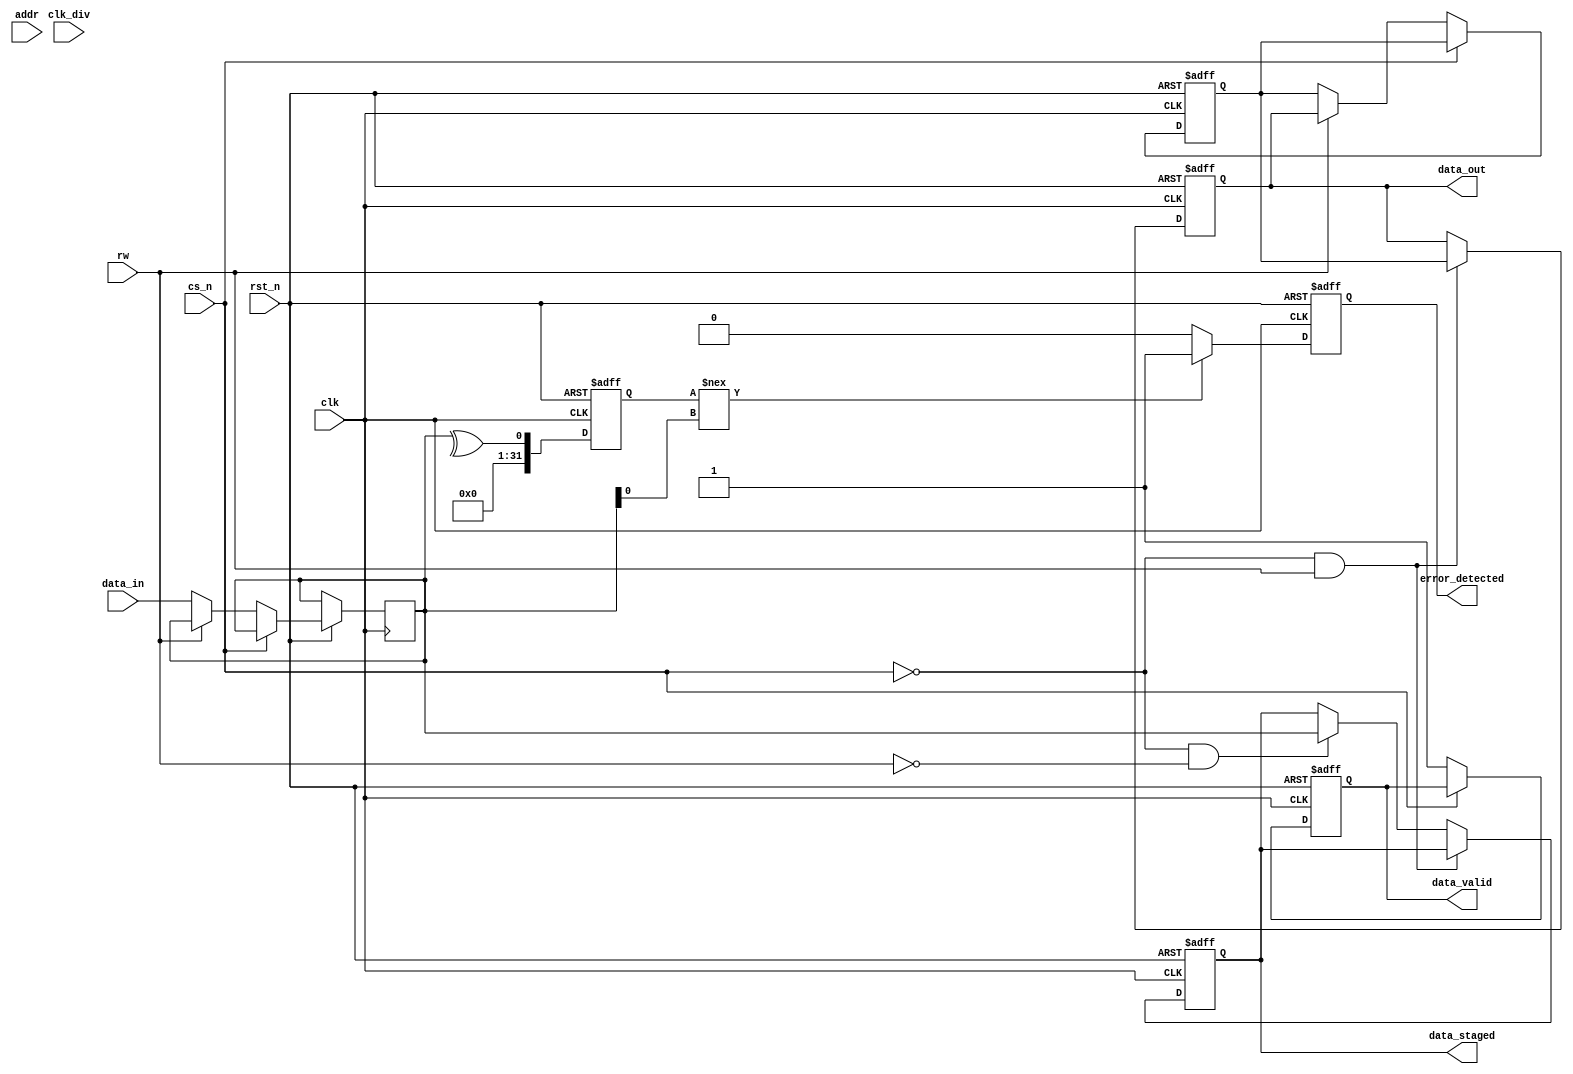
module gddr_io_block #(
    parameter DATA_WIDTH = 32, // Configurable data width (16, 32, 64)
    parameter ADDR_WIDTH = 10   // Address width for GDDR memory
)(
    input wire clk,               // Input clock
    input wire clk_div,           // Divided clock for internal operations
    input wire rst_n,             // Active low reset
    input wire cs_n,              // Chip select (active low)
    input wire rw,                // Read/Write control (1 = Read, 0 = Write)
    input wire [ADDR_WIDTH-1:0] addr, // Address lines
    input wire [DATA_WIDTH-1:0] data_in, // Input data from GDDR memory
    output reg [DATA_WIDTH-1:0] data_out, // Output data to GDDR memory
    output reg data_valid,        // Data valid signal
    output reg error_detected,    // Error detection signal
    output reg [DATA_WIDTH-1:0] data_staged // Staged data for output
);

// Internal signals
reg [DATA_WIDTH-1:0] data_reg;
reg [DATA_WIDTH-1:0] parity_bit; // Parity bit for error detection
reg [DATA_WIDTH-1:0] data_buffer; // Buffer for incoming data

// Clock management (example of clock division)
always @(posedge clk or negedge rst_n) begin
    if (!rst_n) begin
        // Reset logic
    end else begin
        // Clock division logic (if needed)
    end
end

// Data input path
always @(posedge clk or negedge rst_n) begin
    if (!rst_n) begin
        data_reg <= 0;
        data_valid <= 0;
    end else if (!cs_n) begin
        if (!rw) begin // Write operation
            data_buffer <= data_in;
            data_valid <= 1;
        end else begin // Read operation
            data_reg <= data_out;
            data_valid <= 1;
        end
    end
end

// Data output path
always @(posedge clk or negedge rst_n) begin
    if (!rst_n) begin
        data_out <= 0;
        data_staged <= 0;
    end else if (!cs_n && rw) begin // Read operation
        data_out <= data_reg; // Output the read data
    end else if (!cs_n && !rw) begin // Write operation
        data_staged <= data_buffer; // Stage the data for output
    end
end

// Error detection (simple parity check)
always @(posedge clk or negedge rst_n) begin
    if (!rst_n) begin
        error_detected <= 0;
        parity_bit <= 0;
    end else begin
        parity_bit <= ^data_buffer; // Calculate parity
        if (parity_bit !== data_buffer[0]) begin // Example error condition
            error_detected <= 1; // Error detected
        end else begin
            error_detected <= 0; // No error
        end
    end
end

endmodule